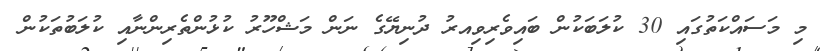
މި މަސައްކަތުގައި 30 ކުލަބަކުން ބައިވެރިވިއރު ދުނިޔޭގެ ނަން މަޝްހޫރު ކުޅުންތެރިންނާއި ކުލަބުތަކުން